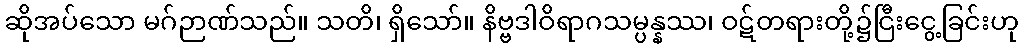
ဆိုအပ်သော မဂ်ဉာဏ်သည်။ သတိ၊ ရှိသော်။ နိဗ္ဗဒါဝိရာဂသမ္ပန္နဿ၊ ဝဋ်တရားတို့၌ငြီးငွေ့ခြင်းဟု